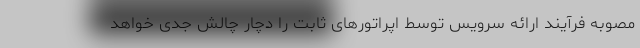
مصوبه فرآیند ارائه سرویس توسط اپراتورهای ثابت را دچار چالش جدی خواهد